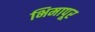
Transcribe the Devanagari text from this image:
भिमापूर